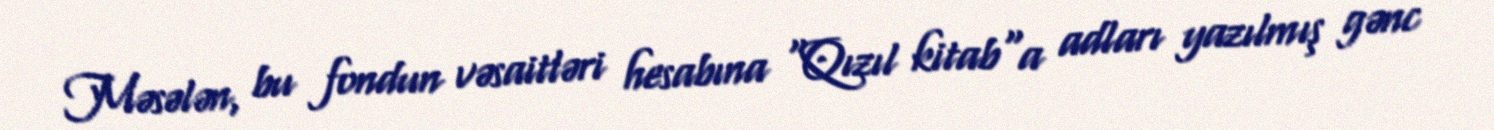
Məsələn, bu fondun vəsaitləri hesabına "Qızıl kitab"a adları yazılmış gənc